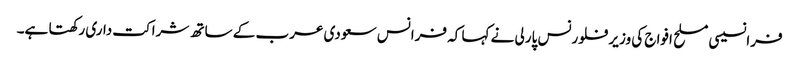
فرانسیسی مسلح افواج کی وزیر فلورنس پارلی نے کہا کہ فرانس سعودی عرب کے ساتھ شراکت داری رکھتا ہے۔